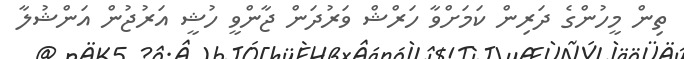
ތިން މީހުންގެ ދަރިން ކަމަށްވާ ހަރްޝް ވަރުދަން ޖާންވީ ހުޝީ އަރުޖުން އަންޝުލާ